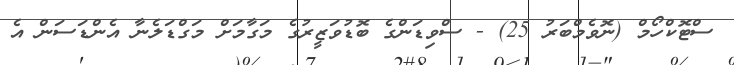
ސްޓޮކްހޯމް (ނޮވެމްބަރު 25) - ސްވިޑަންގެ ބޮޑުވަޒީރުގެ މަގާމަށް މަގްޑަލެނާ އެންޑަސަން އެ